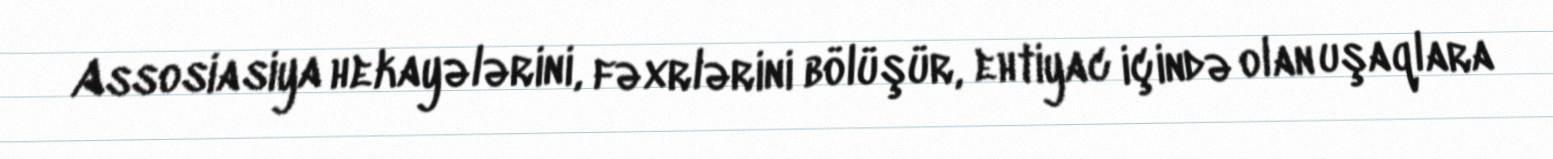
Assosiasiya hekayələrini, fəxrlərini bölüşür, ehtiyac içində olan uşaqlara